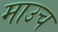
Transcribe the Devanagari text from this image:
माउच